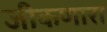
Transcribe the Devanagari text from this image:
जीकणारा